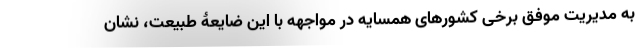
به مدیریت موفق برخی کشورهای همسایه در مواجهه با این ضایعۀ طبیعت، نشان